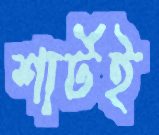
শার্টই